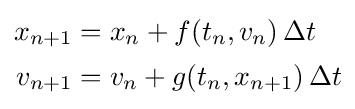
{\begin{aligned}x_{n+1}&=x_{n}+f(t_{n},v_{n})\,\Delta t\\[0.3ex]v_{n+1}&=v_{n}+g(t_{n},x_{n+1})\,\Delta t\end{aligned}}